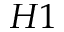
H 1